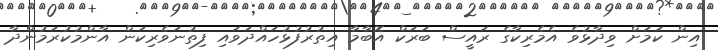
އިން ކަމަށް ވިދާޅުވެ އެމެރިކާގެ ރައީސް ބަރަކް އޮބާމާ އިތުރުފުޅުހައްދަވައި ފިތުނަވެރިކަން އާންމުކުރަމުންދާ